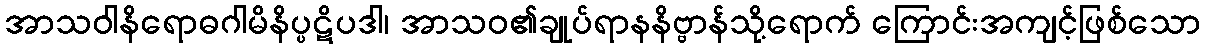
အာသဝါနိရောဓဂါမိနိပ္ပဋိပဒါ၊ အာသဝ၏ချုပ်ရာနနိဗ္ဗာန်သို့ရောက် ကြောင်းအကျင့်ဖြစ်သော